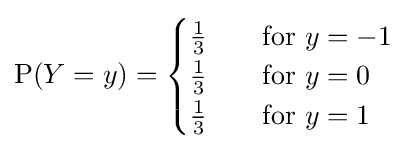
\mathrm {P} (Y=y)={\begin{cases}{\frac {1}{3}}&\quad {\text{for }}y=-1\\{\frac {1}{3}}&\quad {\text{for }}y=0\\{\frac {1}{3}}&\quad {\text{for }}y=1\end{cases}}